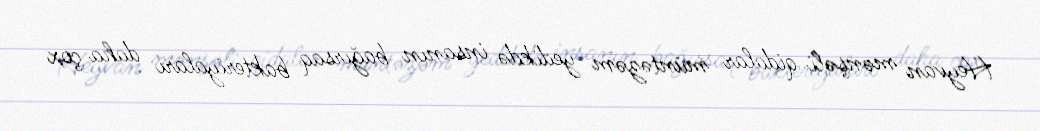
Heyvan mənşəli qidalar müntəzəm yedikdə insanın bağırsaq bakteriyaları daha çox